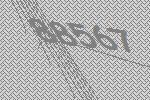
88567